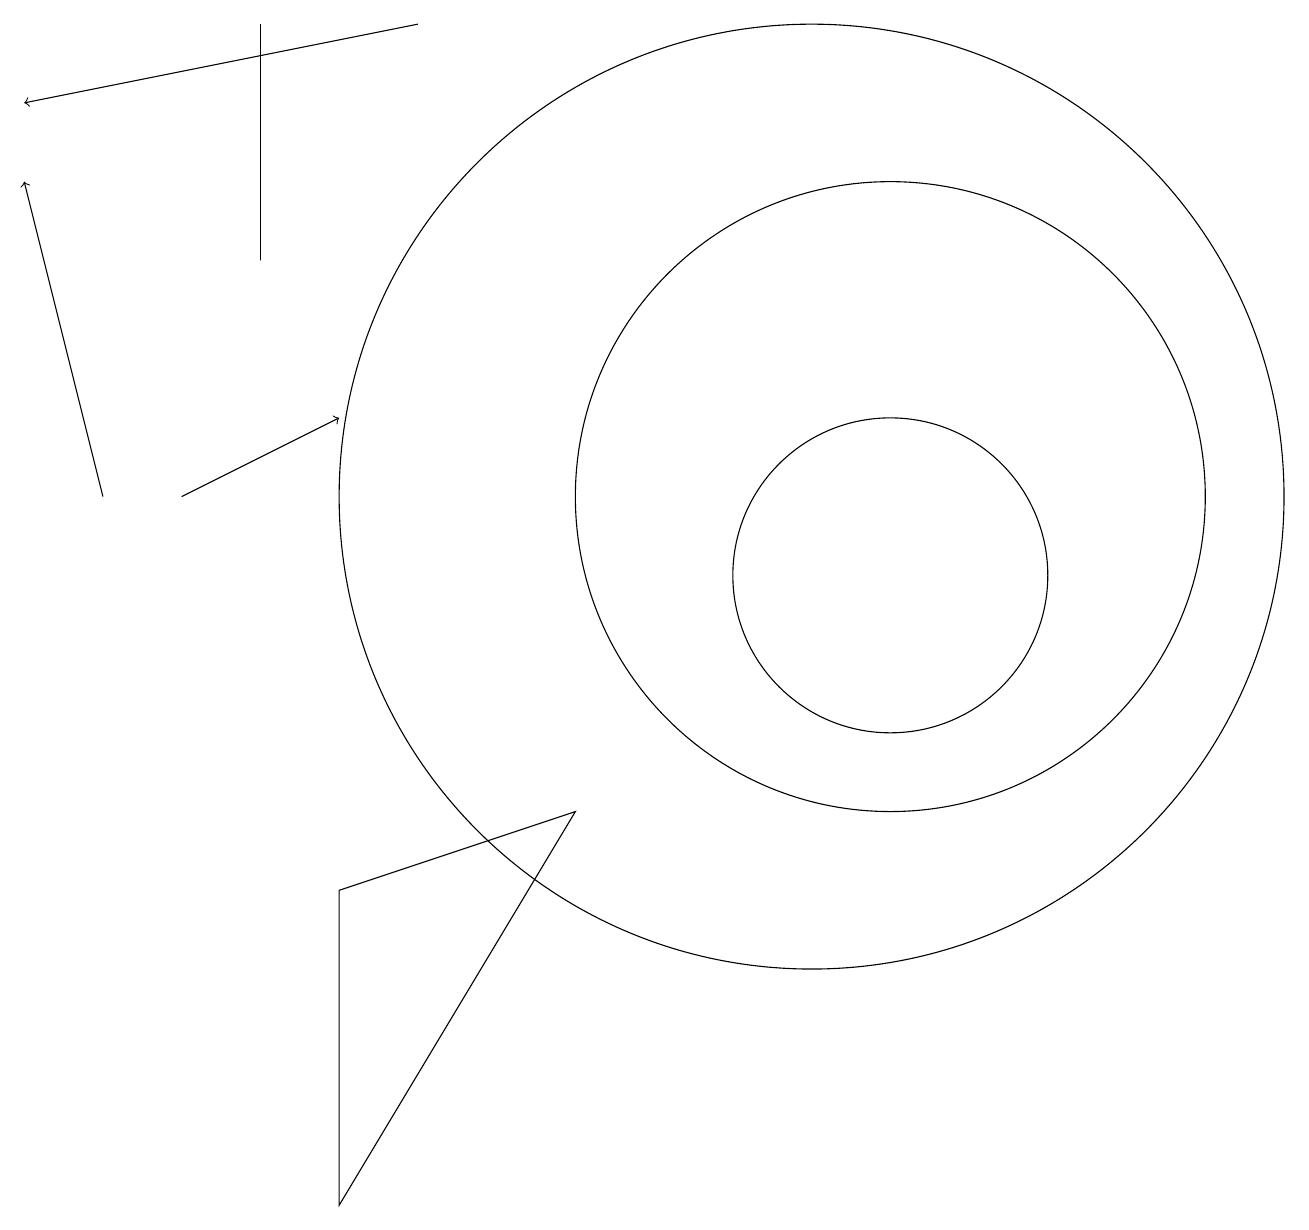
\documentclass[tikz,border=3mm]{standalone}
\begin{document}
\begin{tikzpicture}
\draw[->] (1,11) -- (0,15);
\draw (7,7) -- (4,6) -- (4,2) -- cycle;
\draw (3,17) rectangle (3,14);
\draw[->] (2,11) -- (4,12);
\draw (10,11) circle (6);
\draw (11,11) circle (4);
\draw (11,10) circle (2);
\draw[->] (5,17) -- (0,16);
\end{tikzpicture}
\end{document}